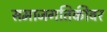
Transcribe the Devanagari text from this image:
समाजगतिकीवर